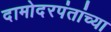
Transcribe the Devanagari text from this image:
दामोदरपंतांच्या